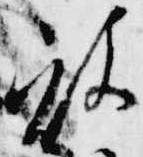
被